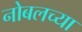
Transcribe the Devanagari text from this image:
नोबलच्या